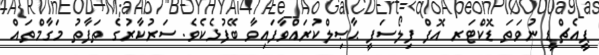
ޕީއެޗްޑީ ނުވަތަ ޑޮކްޓަރ އޮފް ފިލޯސަފީ ޙާޞިލްކުރައްވާފައިވާ ބޭފުޅެކެވެ. ސަރުކާރުގެ ތަފާތު މަގާމްތައް